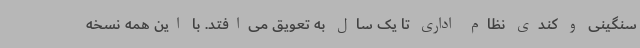
سنگینی و کندی نظام اداری تا یک سال به تعویق می‌افتد. با این همه نسخه